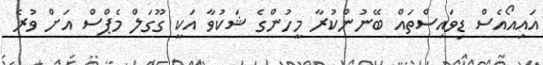
އައިއޯއެސް ޑިވައިސްތައް ބޭނުންކުރާ މީހުންގެ ޝަކުވާ އަކީ ގޫގަލް މެޕްސް އަށް ވުރެ